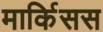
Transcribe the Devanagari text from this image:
मार्किसस